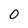
Character: 0